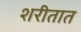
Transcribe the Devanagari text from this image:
शरीतात